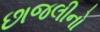
છાજલીનો